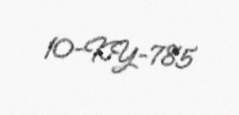
10-KY-785